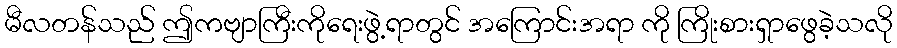
မီလတန်သည် ဤကဗျာကြီးကိုရေးဖွဲ့ရာတွင် အကြောင်းအရာ ကို ကြိုးစားရှာဖွေခဲ့သလို